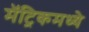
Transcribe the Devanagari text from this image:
मॅट्रिकमध्ये